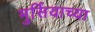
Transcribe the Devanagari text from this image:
मुर्सियाच्या